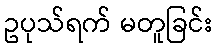
ဥပုသ်ရက် မတူခြင်း